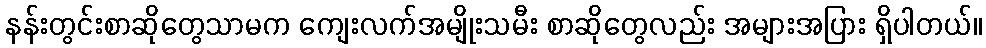
နန်းတွင်းစာဆိုတွေသာမက ကျေးလက်အမျိုးသမီး စာဆိုတွေလည်း အများအပြား ရှိပါတယ်။